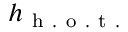
h _ { \mathrm { ~ h ~ . ~ o ~ . ~ t ~ . ~ } }